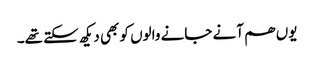
یوں ھم آنے جانے والوں کو بھی دیکھ سکتے تھے۔